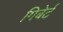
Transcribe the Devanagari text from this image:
गिबेर्ट